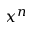
x ^ { n }